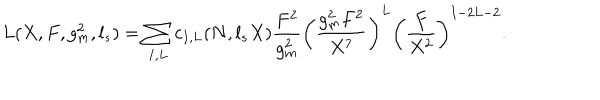
LaTeX: L ( X , F , g _ { m } ^ { 2 } , l _ { s } ) = \sum _ { I , L } c _ { I , L } ( N , l _ { s } X ) { \frac { F ^ { 2 } } { g _ { m } ^ { 2 } } } \left( { \frac { g _ { m } ^ { 2 } F ^ { 2 } } { X ^ { 7 } } } \right) ^ { L } \left( { \frac { F } { X ^ { 2 } } } \right) ^ { I - 2 L - 2 } .